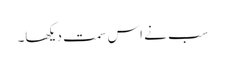
سب نے اس سمت دیکھا۔